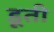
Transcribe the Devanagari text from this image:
डूती